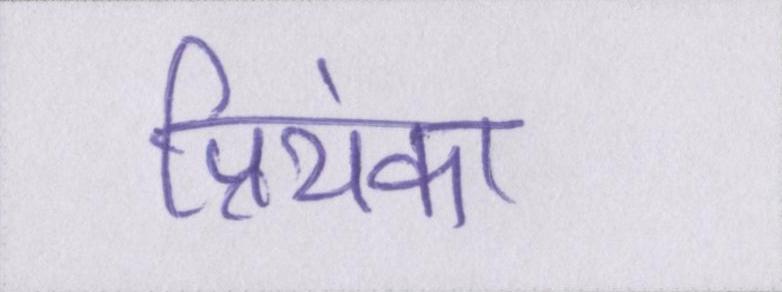
प्रियंका